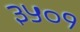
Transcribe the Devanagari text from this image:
३५०१